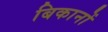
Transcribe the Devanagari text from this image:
बिकानों